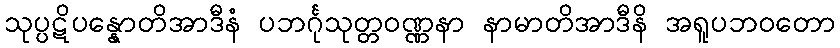
သုပ္ပဋိပန္နောတိအာဒီနံ ပဘင်္ဂုသုတ္တဝဏ္ဏနာ နာမာတိအာဒီနိ အရူပဘဝတော